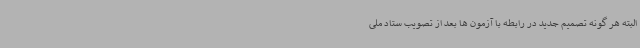
البته هر گونه تصمیم جدید در رابطه با آزمون ها بعد از تصویب ستاد ملی